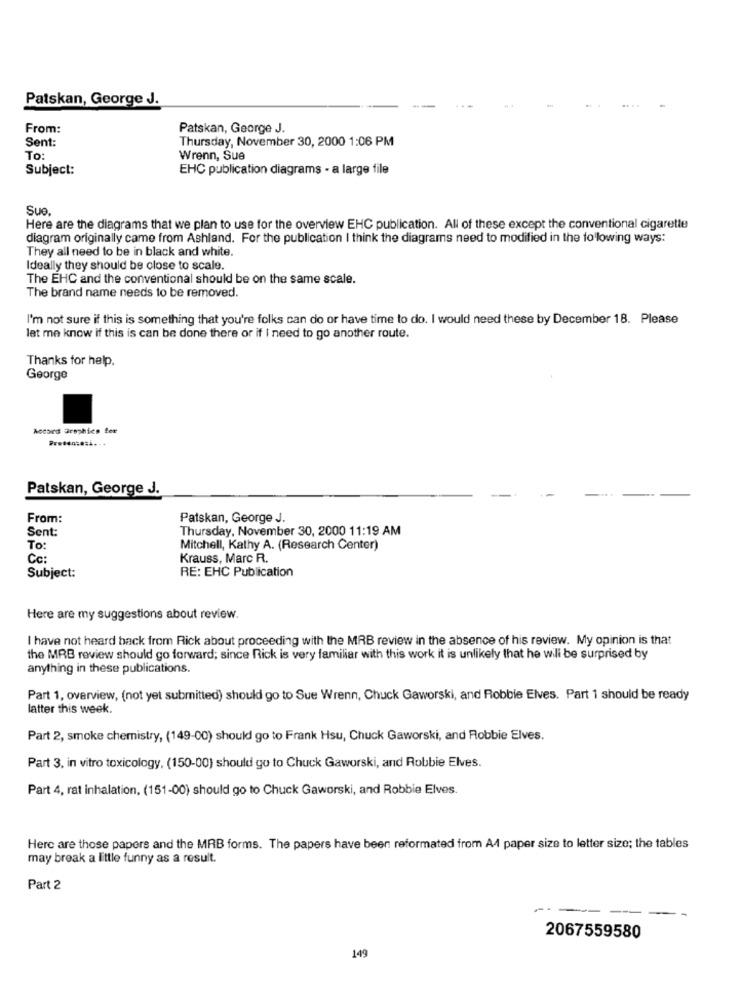
Patskan, George J.
From:
Patskan, George J.
Sent:
Thursday, November 30, 2000 1:06 PM
To:
Wrenn, Sue
Subject:
EHC publication diagrams - a large file
Sue,
Here are the diagrams that we plan to use for the overview EHC publication. All of these except the conventional cigarette
diagram originally came from Ashland. For the publication I think the diagrams need to modified in the following ways:
They all need to be in black and white.
Ideally they should be close to scale.
The EHC and the conventional should be on the same scale.
The brand name needs to be removed.
I'm not sure if this is something that you're folks can do or have time to do. I would need these by December 18. Please
let me know if this is can be done there or if I need to go another route.
Thanks for help.
George
Accord Graphics fer
Presenzasi ...
Patskan, George J.
From:
Patskan, George J.
Sent:
Thursday, November 30, 2000 11:19 AM
To:
Mitchell, Kathy A. (Research Center)
Cc:
Krauss, Marc R.
Subject:
RE: EHC Publication
Here are my suggestions about review.
I have not heard back from Rick about proceeding with the MRB review in the absence of his review. My opinion is that
the MRB review should go forward; since Rick is very familiar with this work it is unlikely that he will be surprised by
anything in these publications.
Part 1, overview, (not yet submitted) should go to Sue Wrenn, Chuck Gaworski, and Robbie Elves. Part 1 should be ready
latter this week.
Part 2, smoke chemistry, (149-00) should go to Frank Hsu, Chuck Gaworski, and Robbie Elves.
Part 3. in vitro toxicology, (150-00) should go to Chuck Gaworski, and Robbie Elves.
Part 4, rat inhalation, (151-00) should go to Chuck Gaworski, and Robbie Elves.
Here are those papers and the MRB forms. The papers have been reformated from A4 paper size to letter size; the tables
may break a little funny as a result.
Part 2
2067559580
149